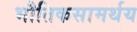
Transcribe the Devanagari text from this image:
भौतिकसामर्थय